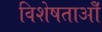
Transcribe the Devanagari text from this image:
विशेषताओँ